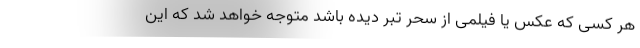
هر کسی که عکس یا فیلمی از سحر تبر دیده باشد متوجه خواهد شد که این